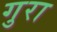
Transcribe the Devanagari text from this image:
गुरा